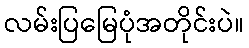
လမ်းပြမြေပုံအတိုင်းပဲ။